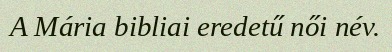
A Mária bibliai eredetű női név.